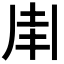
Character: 𠂵